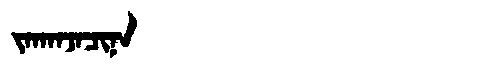
Manchu: ᠵᠠᡴᠠᠨᠵᠠᠴᡳᠨᠠ
Romanization: JAKANJACINA